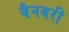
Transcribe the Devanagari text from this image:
बैनबरी